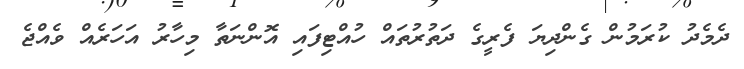
ދެމެދު ކުރަމުން ގެންދިޔަ ފެރީގެ ދަތުރުތައް ހުއްޓިފައި އޮންނަތާ މިހާރު އަހަރެއް ވެއްޖެ